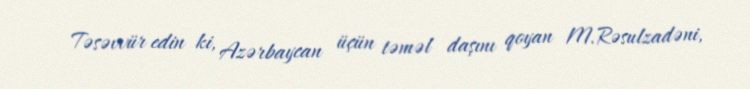
Təsəvvür edin ki, Azərbaycan üçün təməl daşını qoyan M.Rəsulzadəni,